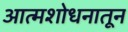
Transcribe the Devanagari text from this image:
आत्मशोधनातून